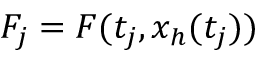
F _ { j } = F ( t _ { j } , x _ { h } ( t _ { j } ) )